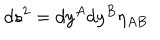
d s ^ { 2 } = d y ^ { A } d y ^ { B } \eta _ { A B }